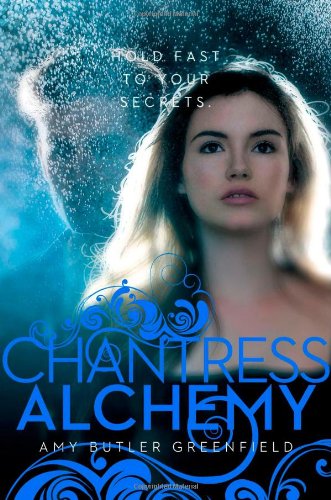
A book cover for Chantress Alchemy; Amy Butler Greenfield; Teen & Young Adult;